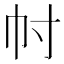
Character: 𢁜